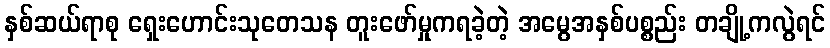
နှစ်ဆယ်ရာစု ရှေးဟောင်းသုတေသန တူးဖော်မှုကရခဲ့တဲ့ အမွေအနှစ်ပစ္စည်း တချို့ကလွဲရင်